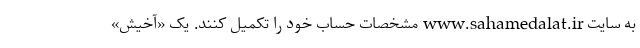
به سایت www.sahamedalat.ir مشخصات حساب خود را تکمیل کنند. یک «آخیش»